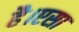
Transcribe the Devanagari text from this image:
है।एसा